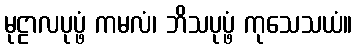
မုဠာလပုပ္ဖံ ကမလံ၊ ဘိသပုပ္ဖံ ကုသေသယံ။